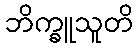
ဘိက္ခူသူတိ